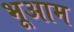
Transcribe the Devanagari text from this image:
भूआम